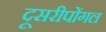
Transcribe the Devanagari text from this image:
दूसरीपोंगल